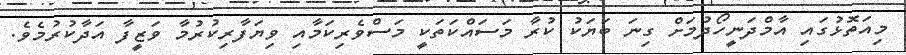
މިއަތޮޅުގައި އާމްދަނީހޯދުމަށް ގިނަ ބަޔަކު ކުރާ މަސައްކަތަކީ މަސްވެރިކަމާއި ވިޔަފާރިކުރުމާ ވަޒީފާ އަދާކުރުމެވެ.